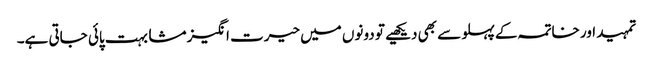
تمہید اور خاتمہ کے پہلو سے بھی دیکھیے تو دونوں میں حیرت انگیز مشابہت پائی جاتی ہے۔